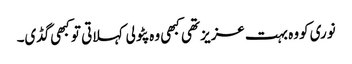
نوری کووہ بہت عزیز تھی کبھی وہ پٹولی کہلاتی تو کبھی گڈی۔